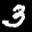
Label: 3